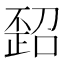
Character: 𪴻